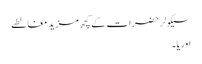
سیکولر حضرات کے کچھ مزید مغالطے
اوریا۔